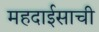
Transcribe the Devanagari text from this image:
महदाईसाची